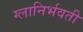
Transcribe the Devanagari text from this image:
ग्लानिर्भवती